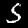
Label: 5